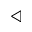
\triangleleft